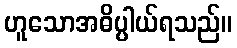
ဟူသောအဓိပ္ပါယ်ရသည်။